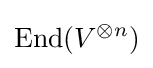
\operatorname {End} (V^{\otimes n})